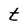
Character: t